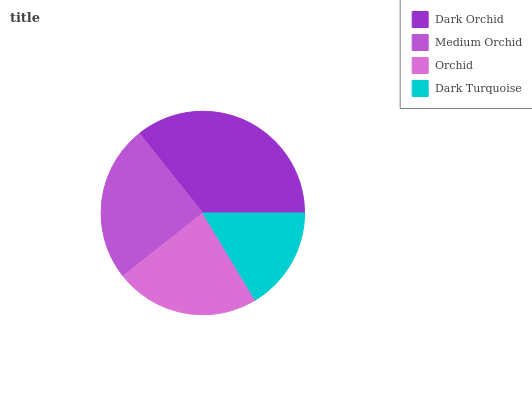
| Dark Orchid | Medium Orchid | Orchid | Dark Turquoise |
 | --- | --- | --- | --- |
 | 35.7% | 25% | 22.9% | 16.4% |